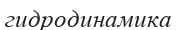
гидродинамика